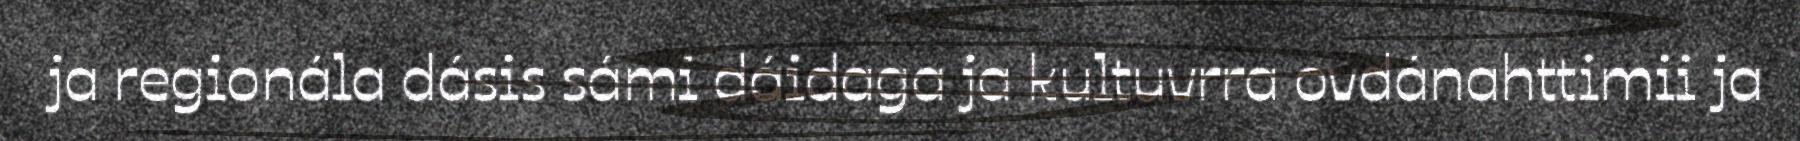
ja regionála dásis sámi dáidaga ja kultuvrra ovdánahttimii ja